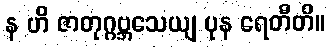
န ဟိ ဇာတုဂ္ဂဗ္ဘသေယျ ပုန ရေတီတိ။